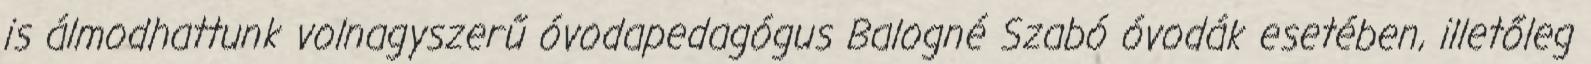
is álmodhattunk volnagyszerű óvodapedagógus Balogné Szabó óvodák esetében, illetőleg